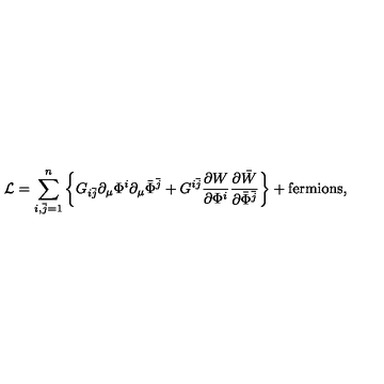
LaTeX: { \cal L } = \sum _ { i , \bar { j } = 1 } ^ { n } \left\{ G _ { i \bar { j } } \partial _ { \mu } \Phi ^ { i } \partial _ { \mu } \bar { \Phi } ^ { \bar { j } } + G ^ { i \bar { j } } \frac { \partial { W } } { \partial \Phi ^ { i } } \frac { \partial \bar { W } } { \partial \bar { \Phi } ^ { \bar { j } } } \right\} + \mathrm { f e r m i o n s } ,